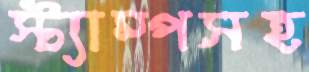
স্ট্যাম্পসহ